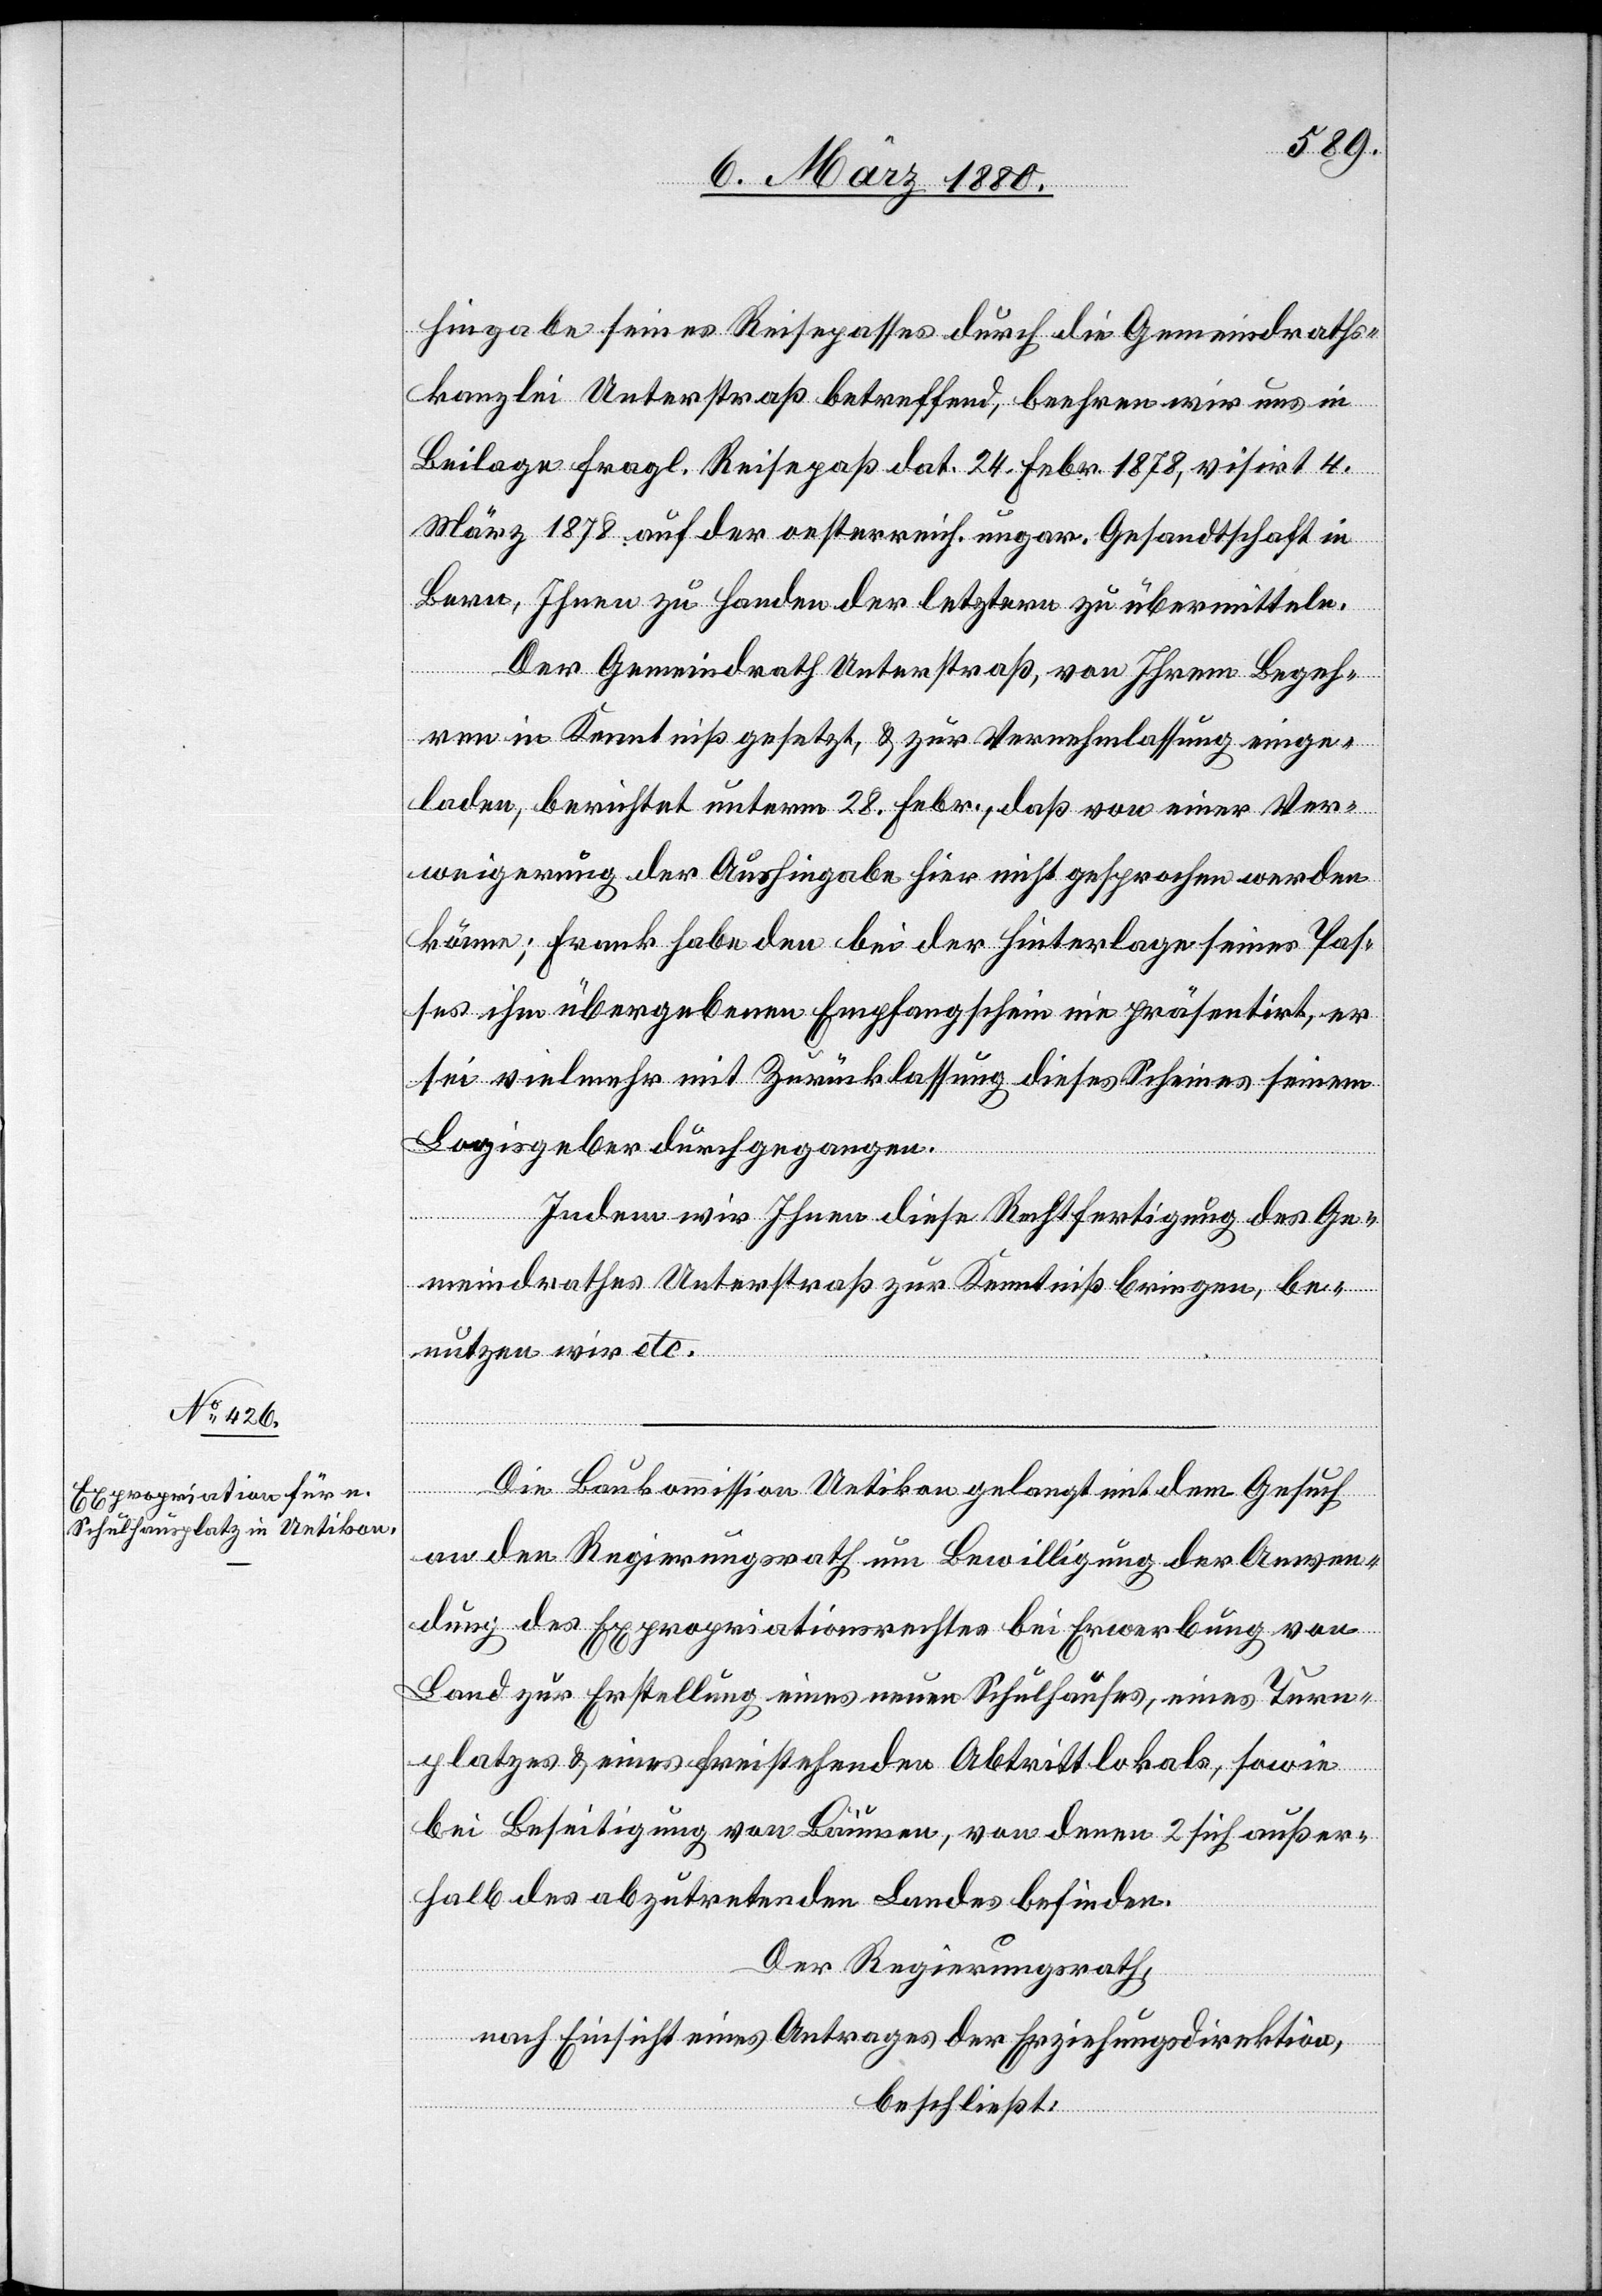
hingabe seines Reisepasses durch die Gemeindraths¬
kanzlei Unterstraß betreffend, beehren wir uns in
Beilage fragl. Reisepaß dat. 24. Febr. 1878, visirt 4.
März 1878 auf der oesterreich. ungar. Gesandtschaft in
Bern, Ihnen zu Handen der letztern zu übermitteln.
Der Gemeindrath Unterstraß, von Ihrem Begeh¬
ren in Kenntniß gesetzt, & zur Vernehmlassung einge¬
laden, berichtet unterm 28. Febr., daß von einer Ver¬
weigerung der Aushingabe hier nicht gesprochen werden
könne; Frank habe den bei der Hinterlage seines Pas¬
ses ihm übergebenen Empfangschein nie präsentirt, er
sei vielmehr mit Zurücklassung dieses Scheines seinem
Logiegeber durchgegangen.
Indem wir Ihnen diese Rechtfertigung des Ge¬
meindrathes Unterstraß zur Kenntniß bringen, be¬
nutzen wir etc.
Die Baukommission Uetikon gelangt mit dem Gesuch
an den Regierungsrath um Bewilligung der Anwen¬
dung des Expropriationsrechtes bei Erwerbung von
Land zur Erstellung eines neuen Schulhauses, eines Turn¬
platzes & eines freistehenden Abtrittlokals, sowie
bei Beseitigung von Bäumen, von denen 2 sich außer¬
halb des abzutretenden Landes befinden.
Der Regierungsrath,
nach Einsicht eines Antrages der Erziehungsdirektion,
beschließt: